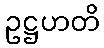
ဥဋ္ဌဟတိ